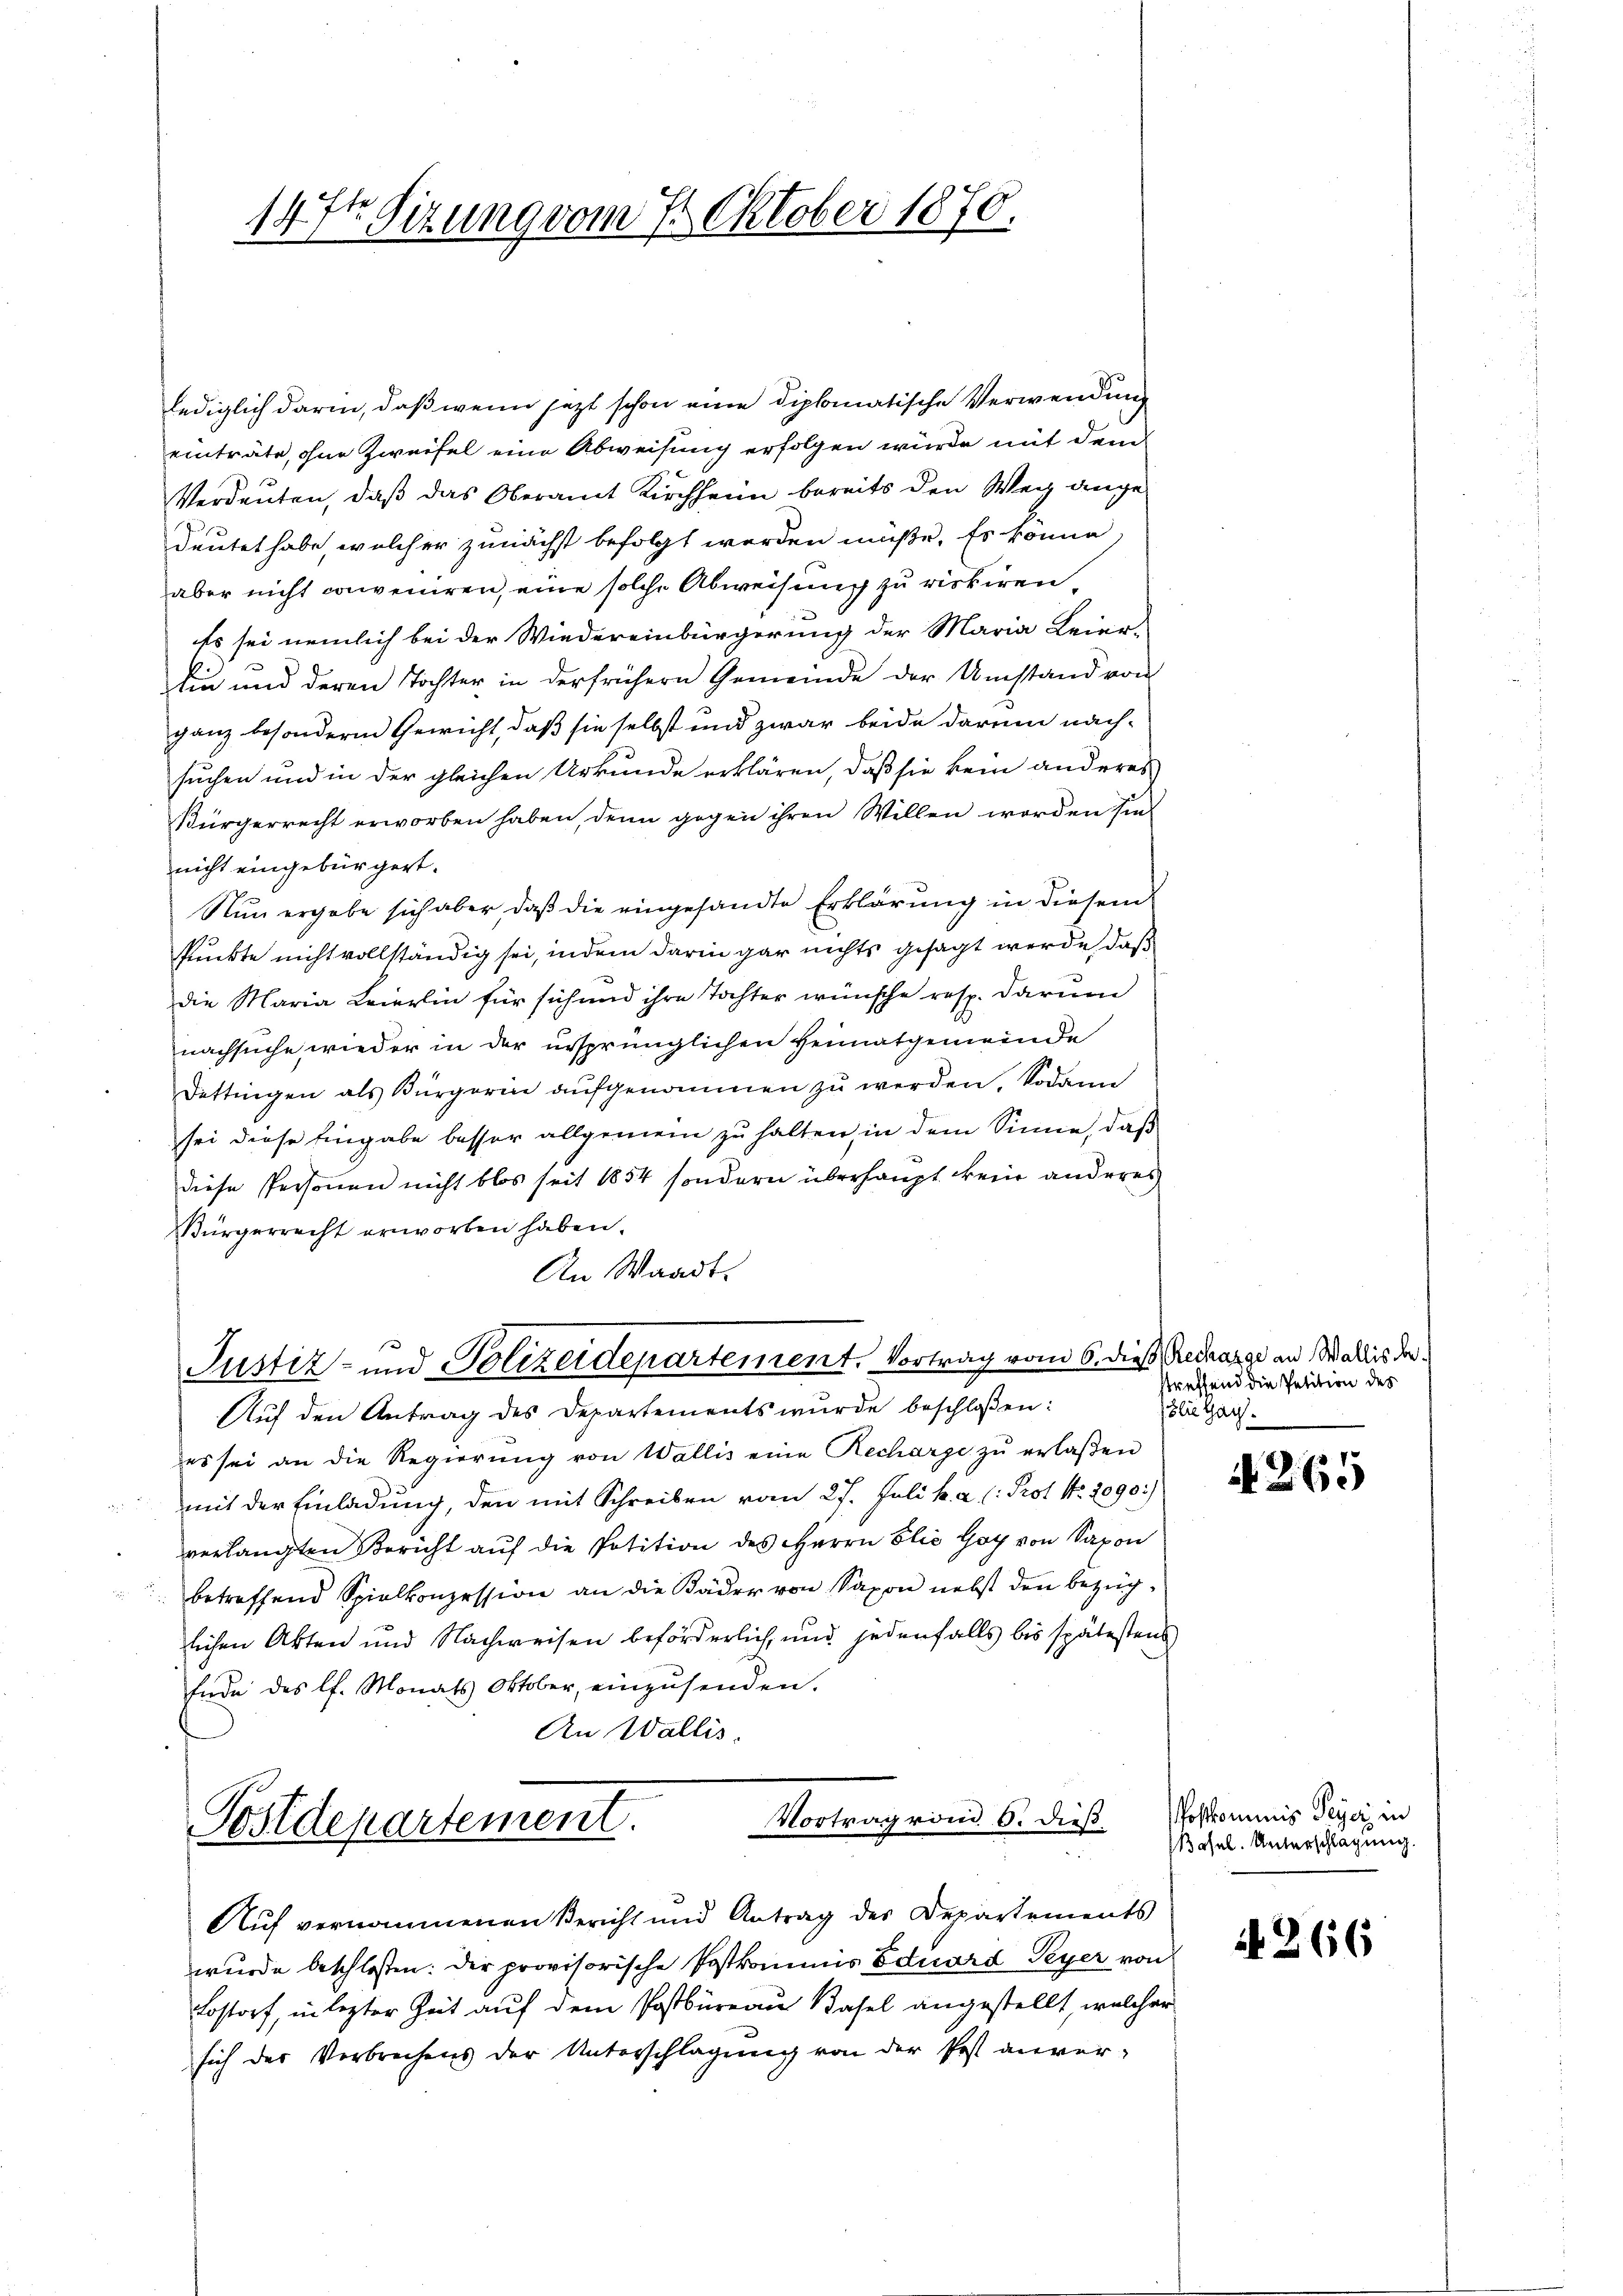
se
147. Situng vom 7. Oktober 1870.

lediglich darin, daß wenn jezt schon eine diplomatische Verwendung
einträte, ohne Zweifel eine Abweisung erfolgen wurde mit dann
Verdeuten, daß das Oberamt Kirchheim bereits den Weg angedeutet habe, welcher zunächst befolgt worden müße. Es könne
aber nicht conveniren, eine solche Abweisung zu riskiren
Es sei nemlich bei der Wiedereinbürgerung der Maria Leier-
lin und deren Tochter in der frühern Gemeinde der Umstand von
ganz besondere Gewicht, daß sie selbst und zwar beide darum nach-
suchen und in der gleichen Urkunde erklären, daß sie kein anderes
Bürgerrecht erworben haben, denn gegen ihren Willen worden sie
nicht eingebürgert.
Nun ergabe sich aber, daß die eingesandte Erklärung in diesem
Punkte nicht vollständig sei, indem darin gar nichts gesagt werde, daß
die Maria Leierlin für sich und ihre Tochter wünsche resp. darum
nachsuche wieder in der ursprünglichen Heimatgemeinde
Dettingen als Bürgerin aŭfgenommen zŭ werden. Sodann
sei diese Eingabe besser allgemein zu halten, in dem Sinne, daß
diese Personen nicht blos seit 1854 sondern überhaupt kein anderes
Bürgerrecht erworben haben.
An Waadt.

Justiz- und Polizeidepartement. Vortrag vom 6. dieß Recharge an Wallis der

Auf den Antrag des Departements wurde beschloßen:
es sei an die Regierŭng von Wallis eine Recharge zŭ erlaβen
mit der Einladung, den mit Schreiben vom 27. Juli k. a. l. Prot. No. 2090:)
verlangten Bericht auf die Potition des Herrn Blic Goy von Sapon
betreffend Spielkonzession an die Bäder von Saxon nebst den bezüglichen Akten und Nachweisen beförderlich, und jedenfalls bis spätestens
Ende des lt. Monats Oktober, einzŭsenden.
An Wallis.
Vortrag vom 6. dieß
Postdepartement.

Auf vernommenen Bericht und Antrag des Departements

wurde beschloßen: der provisorische Postkommis Eduard Peyer von
Lostorf, in lezter Zeit auf dem Postbüreau Basel angestellt, welcher
sich der Verbrechens der Unterschlagung von der Post anver-

streffend die Petition des
lie Garz.

A 265

Postkommnis Peyer, in
Basel. Unterschlagung.

N 266